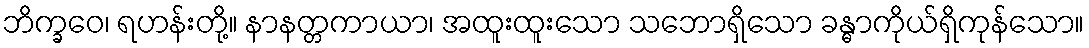
ဘိက္ခဝေ၊ ရဟန်းတို့။ နာနတ္တကာယာ၊ အထူးထူးသော သဘောရှိသော ခန္ဓာကိုယ်ရှိကုန်သော။